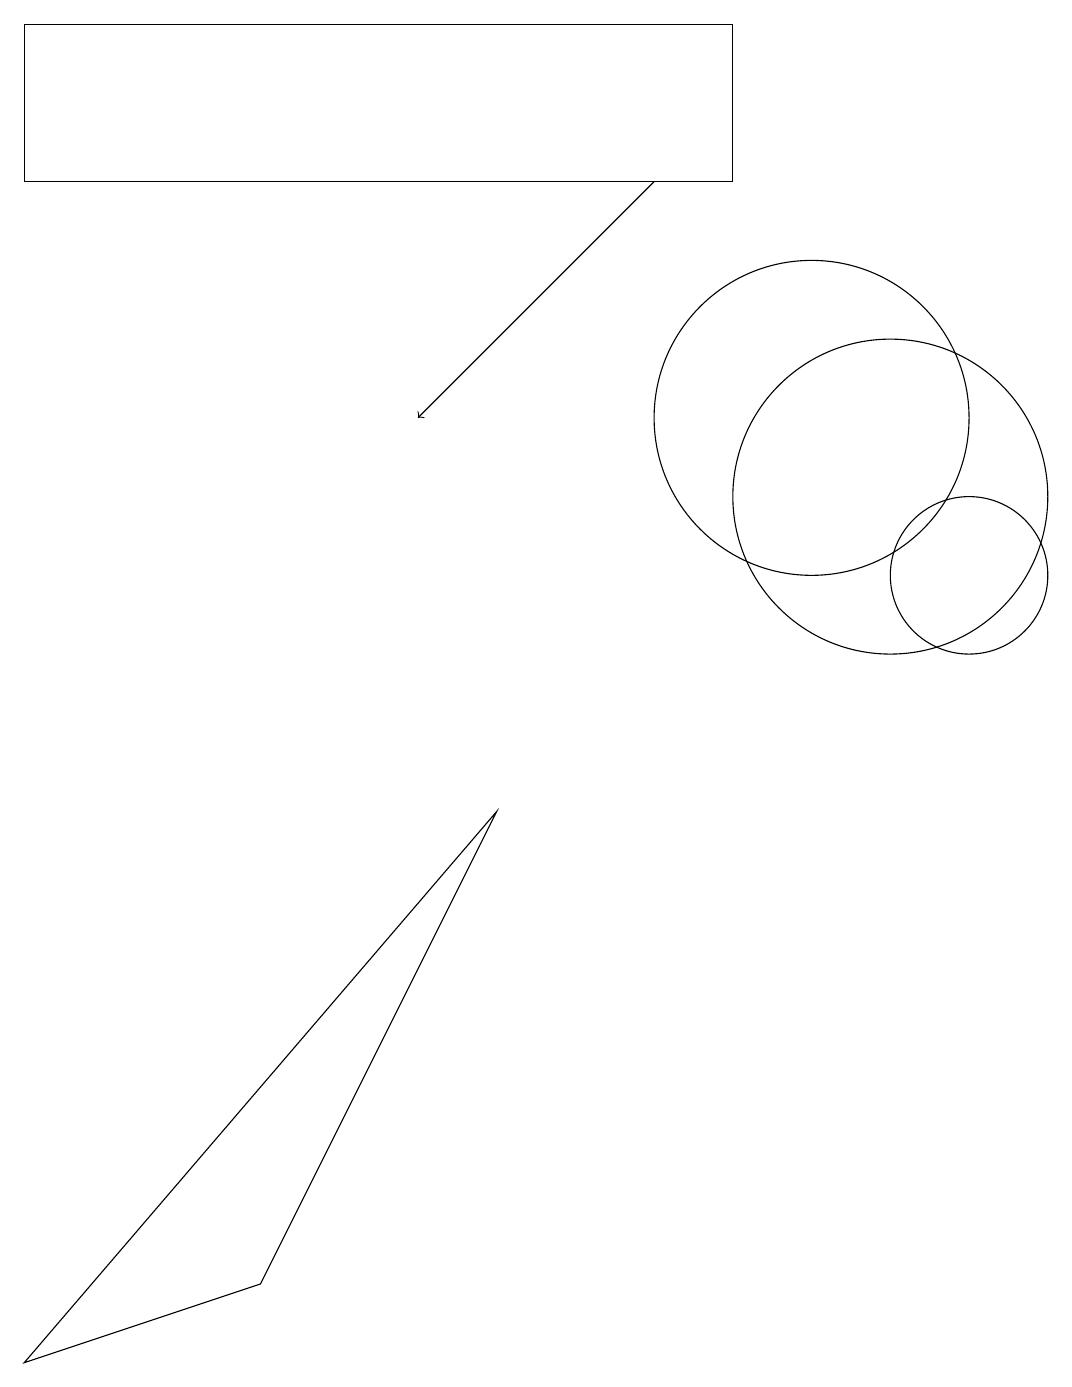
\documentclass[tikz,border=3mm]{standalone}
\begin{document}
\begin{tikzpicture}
\draw (12,10) circle (1);
\draw (0,17) rectangle (9,15);
\draw (0,0) -- (3,1) -- (6,7) -- cycle;
\draw[->] (8,15) -- (5,12);
\draw (11,11) circle (2);
\draw (10,12) circle (2);
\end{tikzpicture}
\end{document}